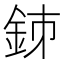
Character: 𨥳